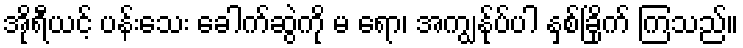
အိုရီယင့် ပန်းသေး ခေါက်ဆွဲကို မ ရော၊ အကျွန်ုပ်ပါ နှစ်ခြိုက် ကြသည်။